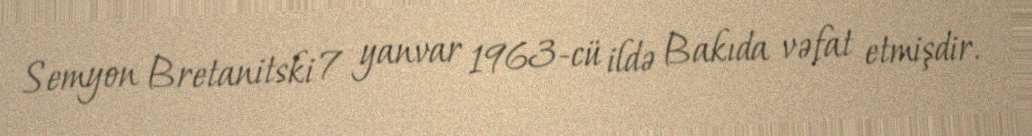
Semyon Bretanitski 7 yanvar 1963-cü ildə Bakıda vəfat etmişdir.